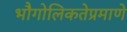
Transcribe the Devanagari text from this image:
भौगोलिकतेप्रमाणे